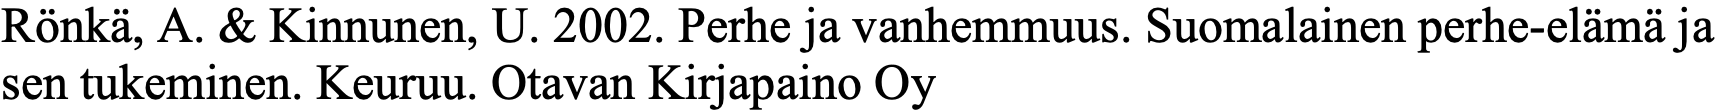
Rönkä, A. & Kinnunen, U. 2002. Perhe ja vanhemmuus. Suomalainen perhe-elämä ja sen tukeminen. Keuruu. Otavan Kirjapaino Oy